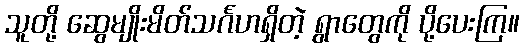
သူတို့ ဆွေမျိုးမိတ်သင်္ဂဟရှိတဲ့ ရွာတွေကို ပို့ပေးကြ။